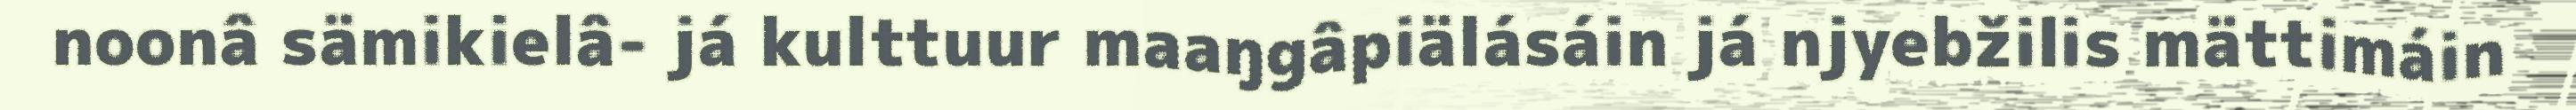
noonâ sämikielâ- já kulttuur maaŋgâpiälásáin já njyebžilis mättimáin